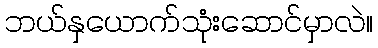
ဘယ်နှယောက်သုံးဆောင်မှာလဲ။